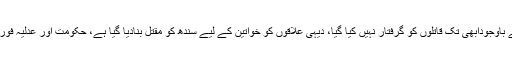
انہوں نے لکھا کہ ‘وزيراعلیٰ سندھ کا آبائی ضلع ہونے کے باوجودابھی تک قاتلوں کو گرفتار نہیں کیا گیا، ديہی علاقوں کو خواتين کے ليے سندھ کو مقتل بناديا گيا ہے، حکومت اور عدليہ فوری نوٹس لے کر ملوث افراد کو کیفر کردار تک پہنچائے‘۔